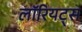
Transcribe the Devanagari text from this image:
लॉरियट्स